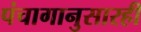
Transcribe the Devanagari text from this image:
पंचागानुसारही